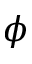
\phi